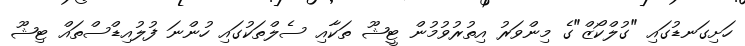
ހަށިގަނޑުގައި "ގުލްކޯޒް"ގެ މިންވަރު އިތުރުވުުމުން ޓީޝޫ ތަކާއި ސެލްތަކުގައި ހުންނަ ފުލުއިޑްސްތައް ޓިޝޫ